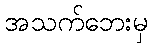
အသက်ဘေးမှ